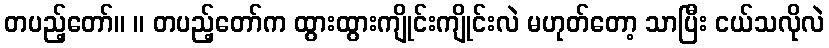
တပည့်တော်။ ။ တပည့်တော်က ထွားထွားကျိုင်းကျိုင်းလဲ မဟုတ်တော့ သာပြီး ငယ်သလိုလဲ